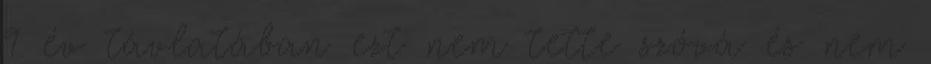
9 év távlatában ezt nem tette szóvá és nem